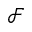
\mathcal { F }